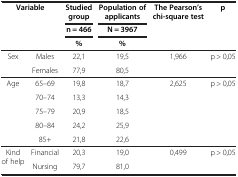
<table><thead><tr><td rowspan="3" colspan="2"><b>Variable</b></td><td><b>Studied group</b></td><td><b>Population of applicants</b></td><td rowspan="3"><b>The Pearson’s chi-square test</b></td><td rowspan="3"><b>p</b></td></tr><tr><td><b>n = 466</b></td><td><b>N = 3967</b></td></tr><tr><td><b>%</b></td><td><b>%</b></td></tr></thead><tbody><tr><td rowspan="2">Sex</td><td>Males</td><td>22,1</td><td>19,5</td><td rowspan="2">1,966</td><td rowspan="2">p &gt; 0,05</td></tr><tr><td>Females</td><td>77,9</td><td>80,5</td></tr><tr><td rowspan="5">Age</td><td>65–69</td><td>19,8</td><td>18,7</td><td rowspan="5">2,625</td><td rowspan="5">p &gt; 0,05</td></tr><tr><td>70–74</td><td>13,3</td><td>14,3</td></tr><tr><td>75–79</td><td>20,9</td><td>18,5</td></tr><tr><td>80–84</td><td>24,2</td><td>25,9</td></tr><tr><td>85+</td><td>21,8</td><td>22,6</td></tr><tr><td rowspan="2">Kind of help</td><td>Financial</td><td>20,3</td><td>19,0</td><td rowspan="2">0,499</td><td rowspan="2">p &gt; 0,05</td></tr><tr><td>Nursing</td><td>79,7</td><td>81,0</td></tr></tbody></table>